65_HS1-834228961_62-HQ-83894_Section_8
Agency: FBI
Page 153
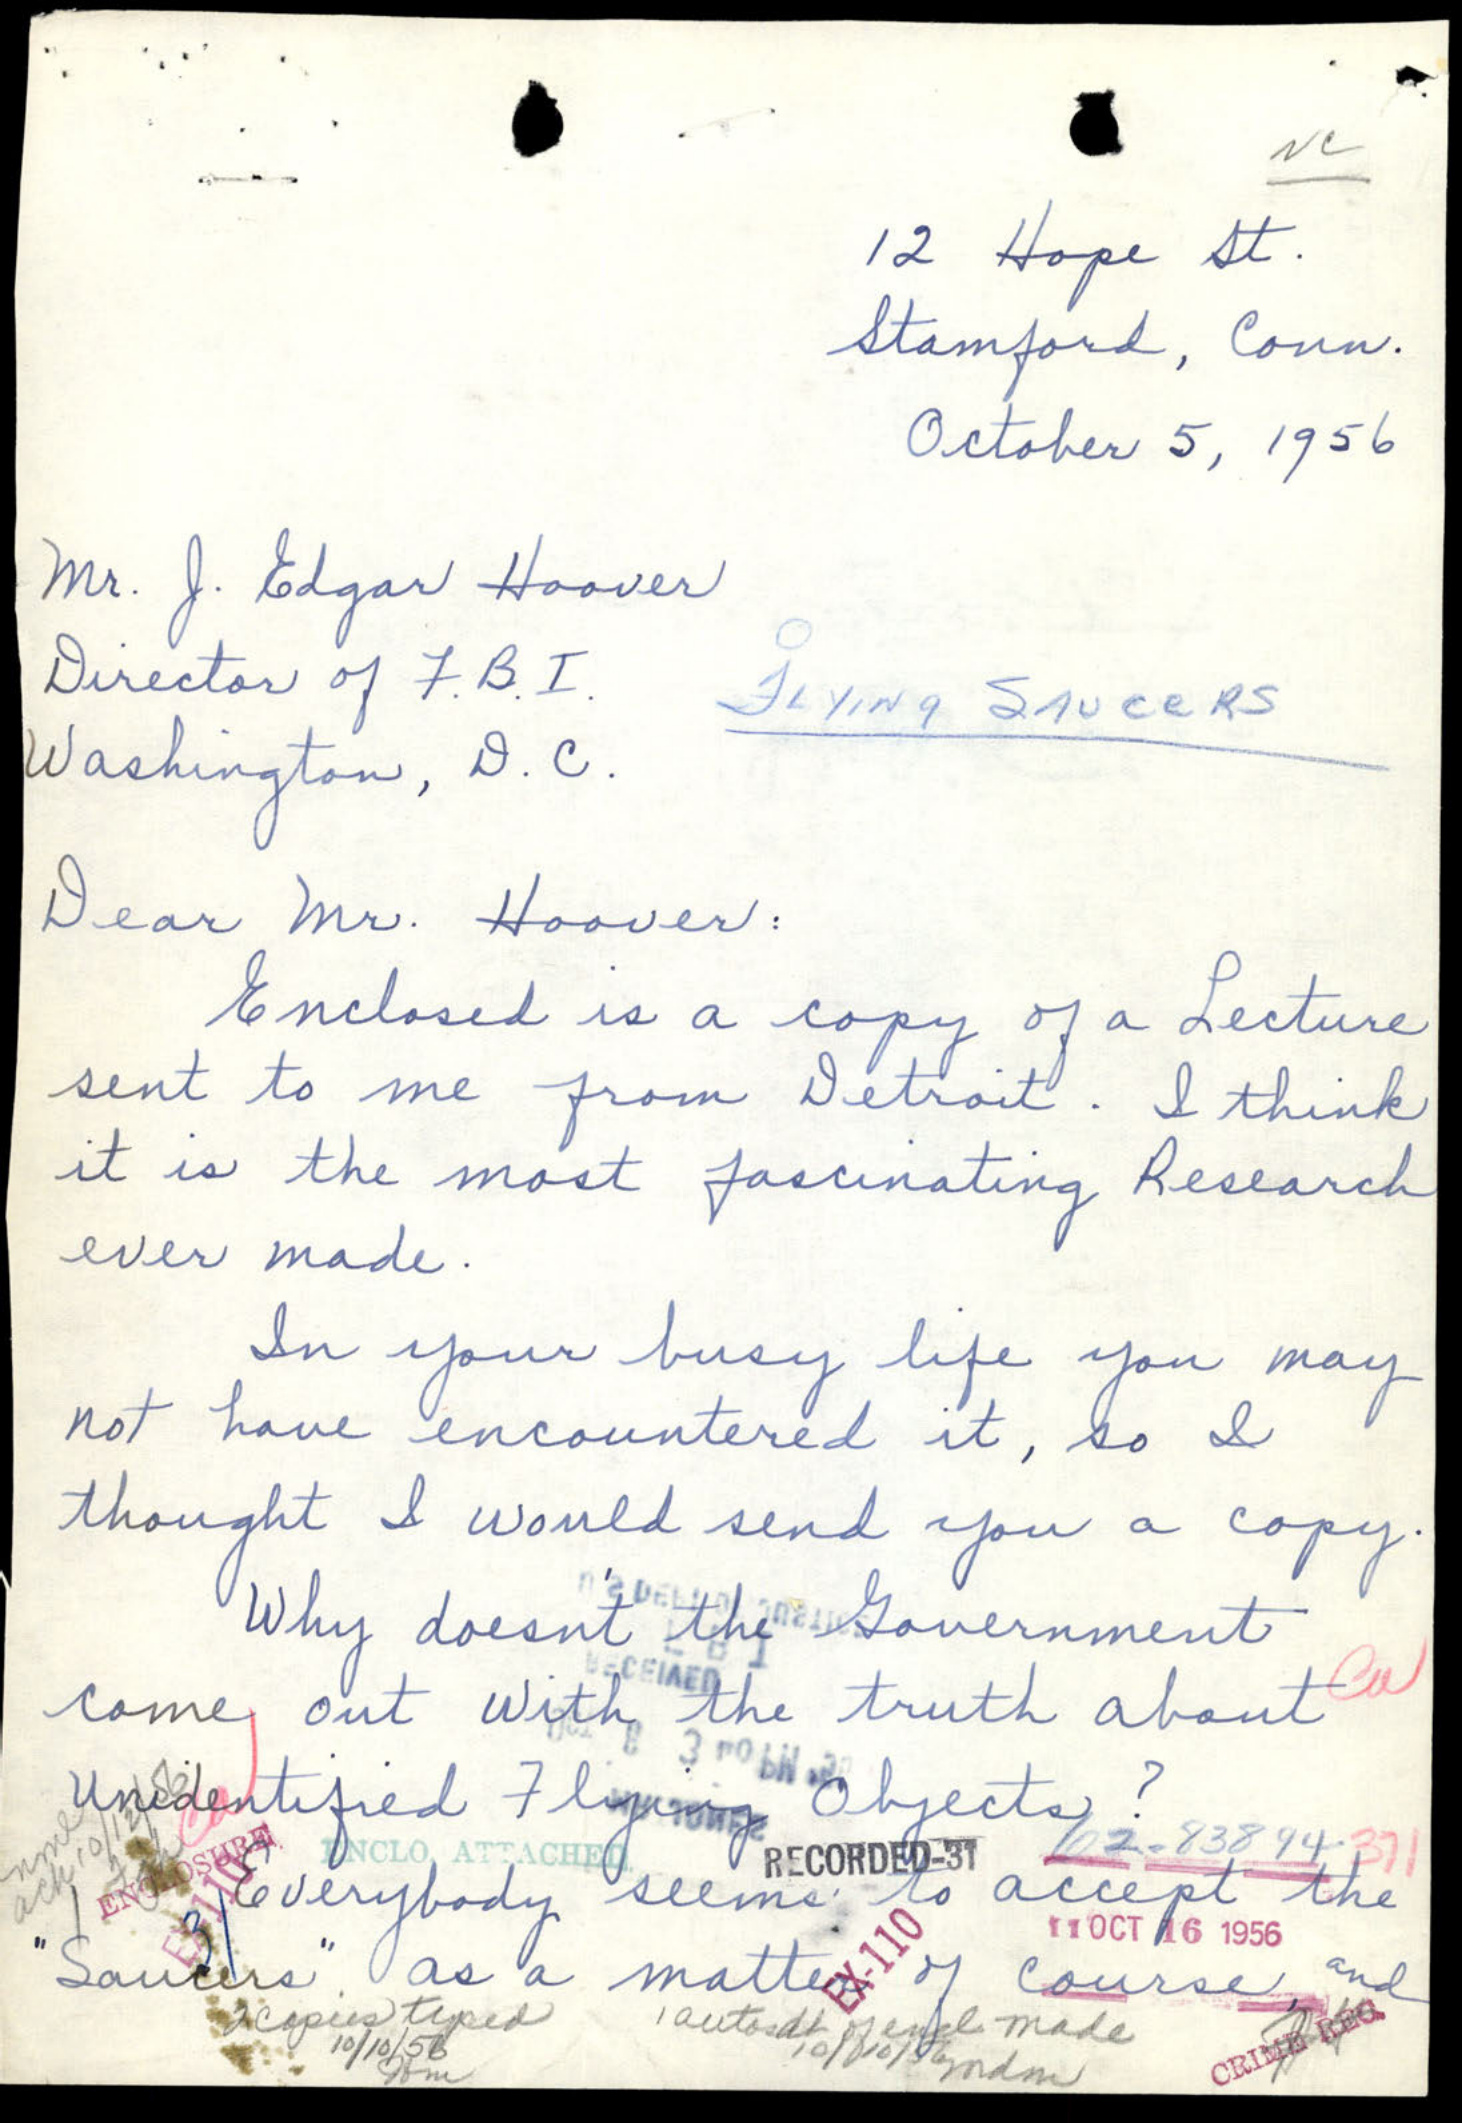